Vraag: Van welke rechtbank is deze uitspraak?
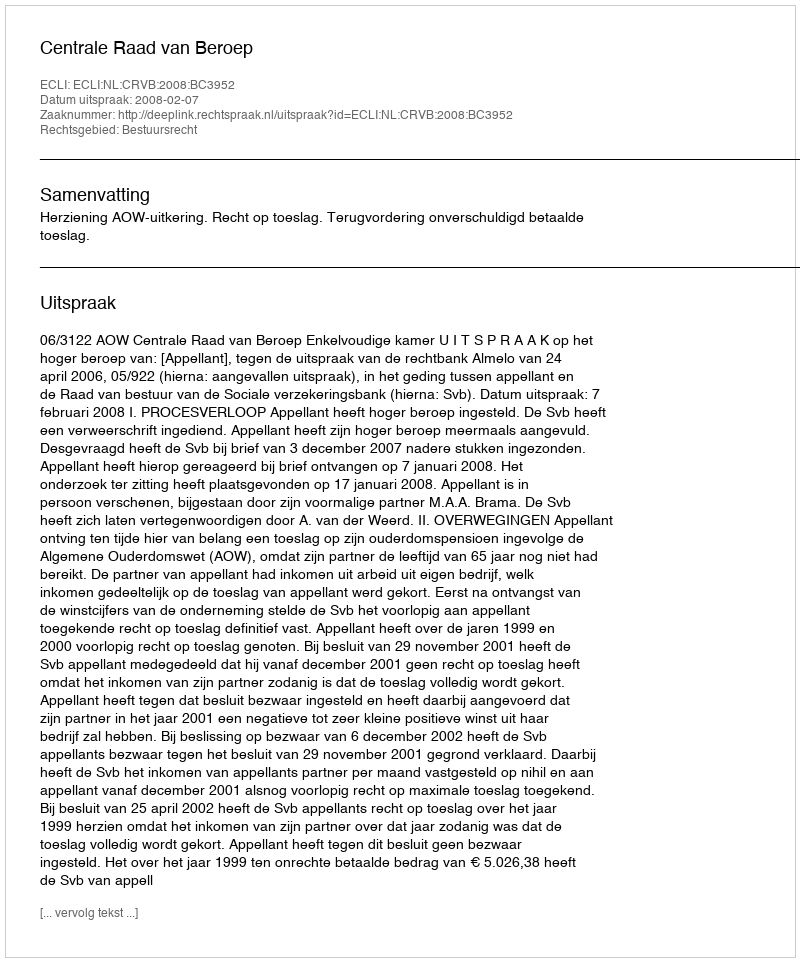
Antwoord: Centrale Raad van Beroep